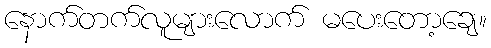
နောက်တက်လူများလောက် မပေးတော့ချေ။